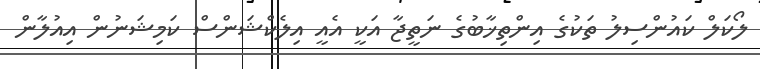
ލޯކަލް ކައުންސިލު ތަކުގެ އިންތިޚާބުގެ ނަތީޖާ އަކީ އެއީ އިލެކްޝަންސް ކަމިޝަނުން އިއުލާން